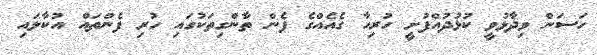
ހަސަން ވިދާޅުވީ ކުޅުދުއްފުށީ ހުރިހާ ގެއެއްގެ ފެން ތާންގިތަކުގައި ހުރި ފެންތައް އުކާލައި